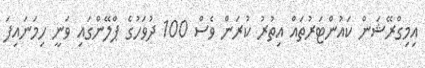
އިމިގްރޭޝަން ކައުންޓަރުތައް އިތުރު ކުރަން ވެސް 100 ދުވަހުގެ ޕްލޭންގައި ވަނީ ހިމަނައިފަ